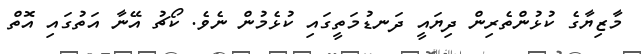
މާޒިޔާގެ ކުޅުންތެރިން ދިޔައީ ދަނޑުމަތީގައި ކުޅެމުން ނެވެ. ކޯޗު އޭނާ އަތުގައި އޮތް